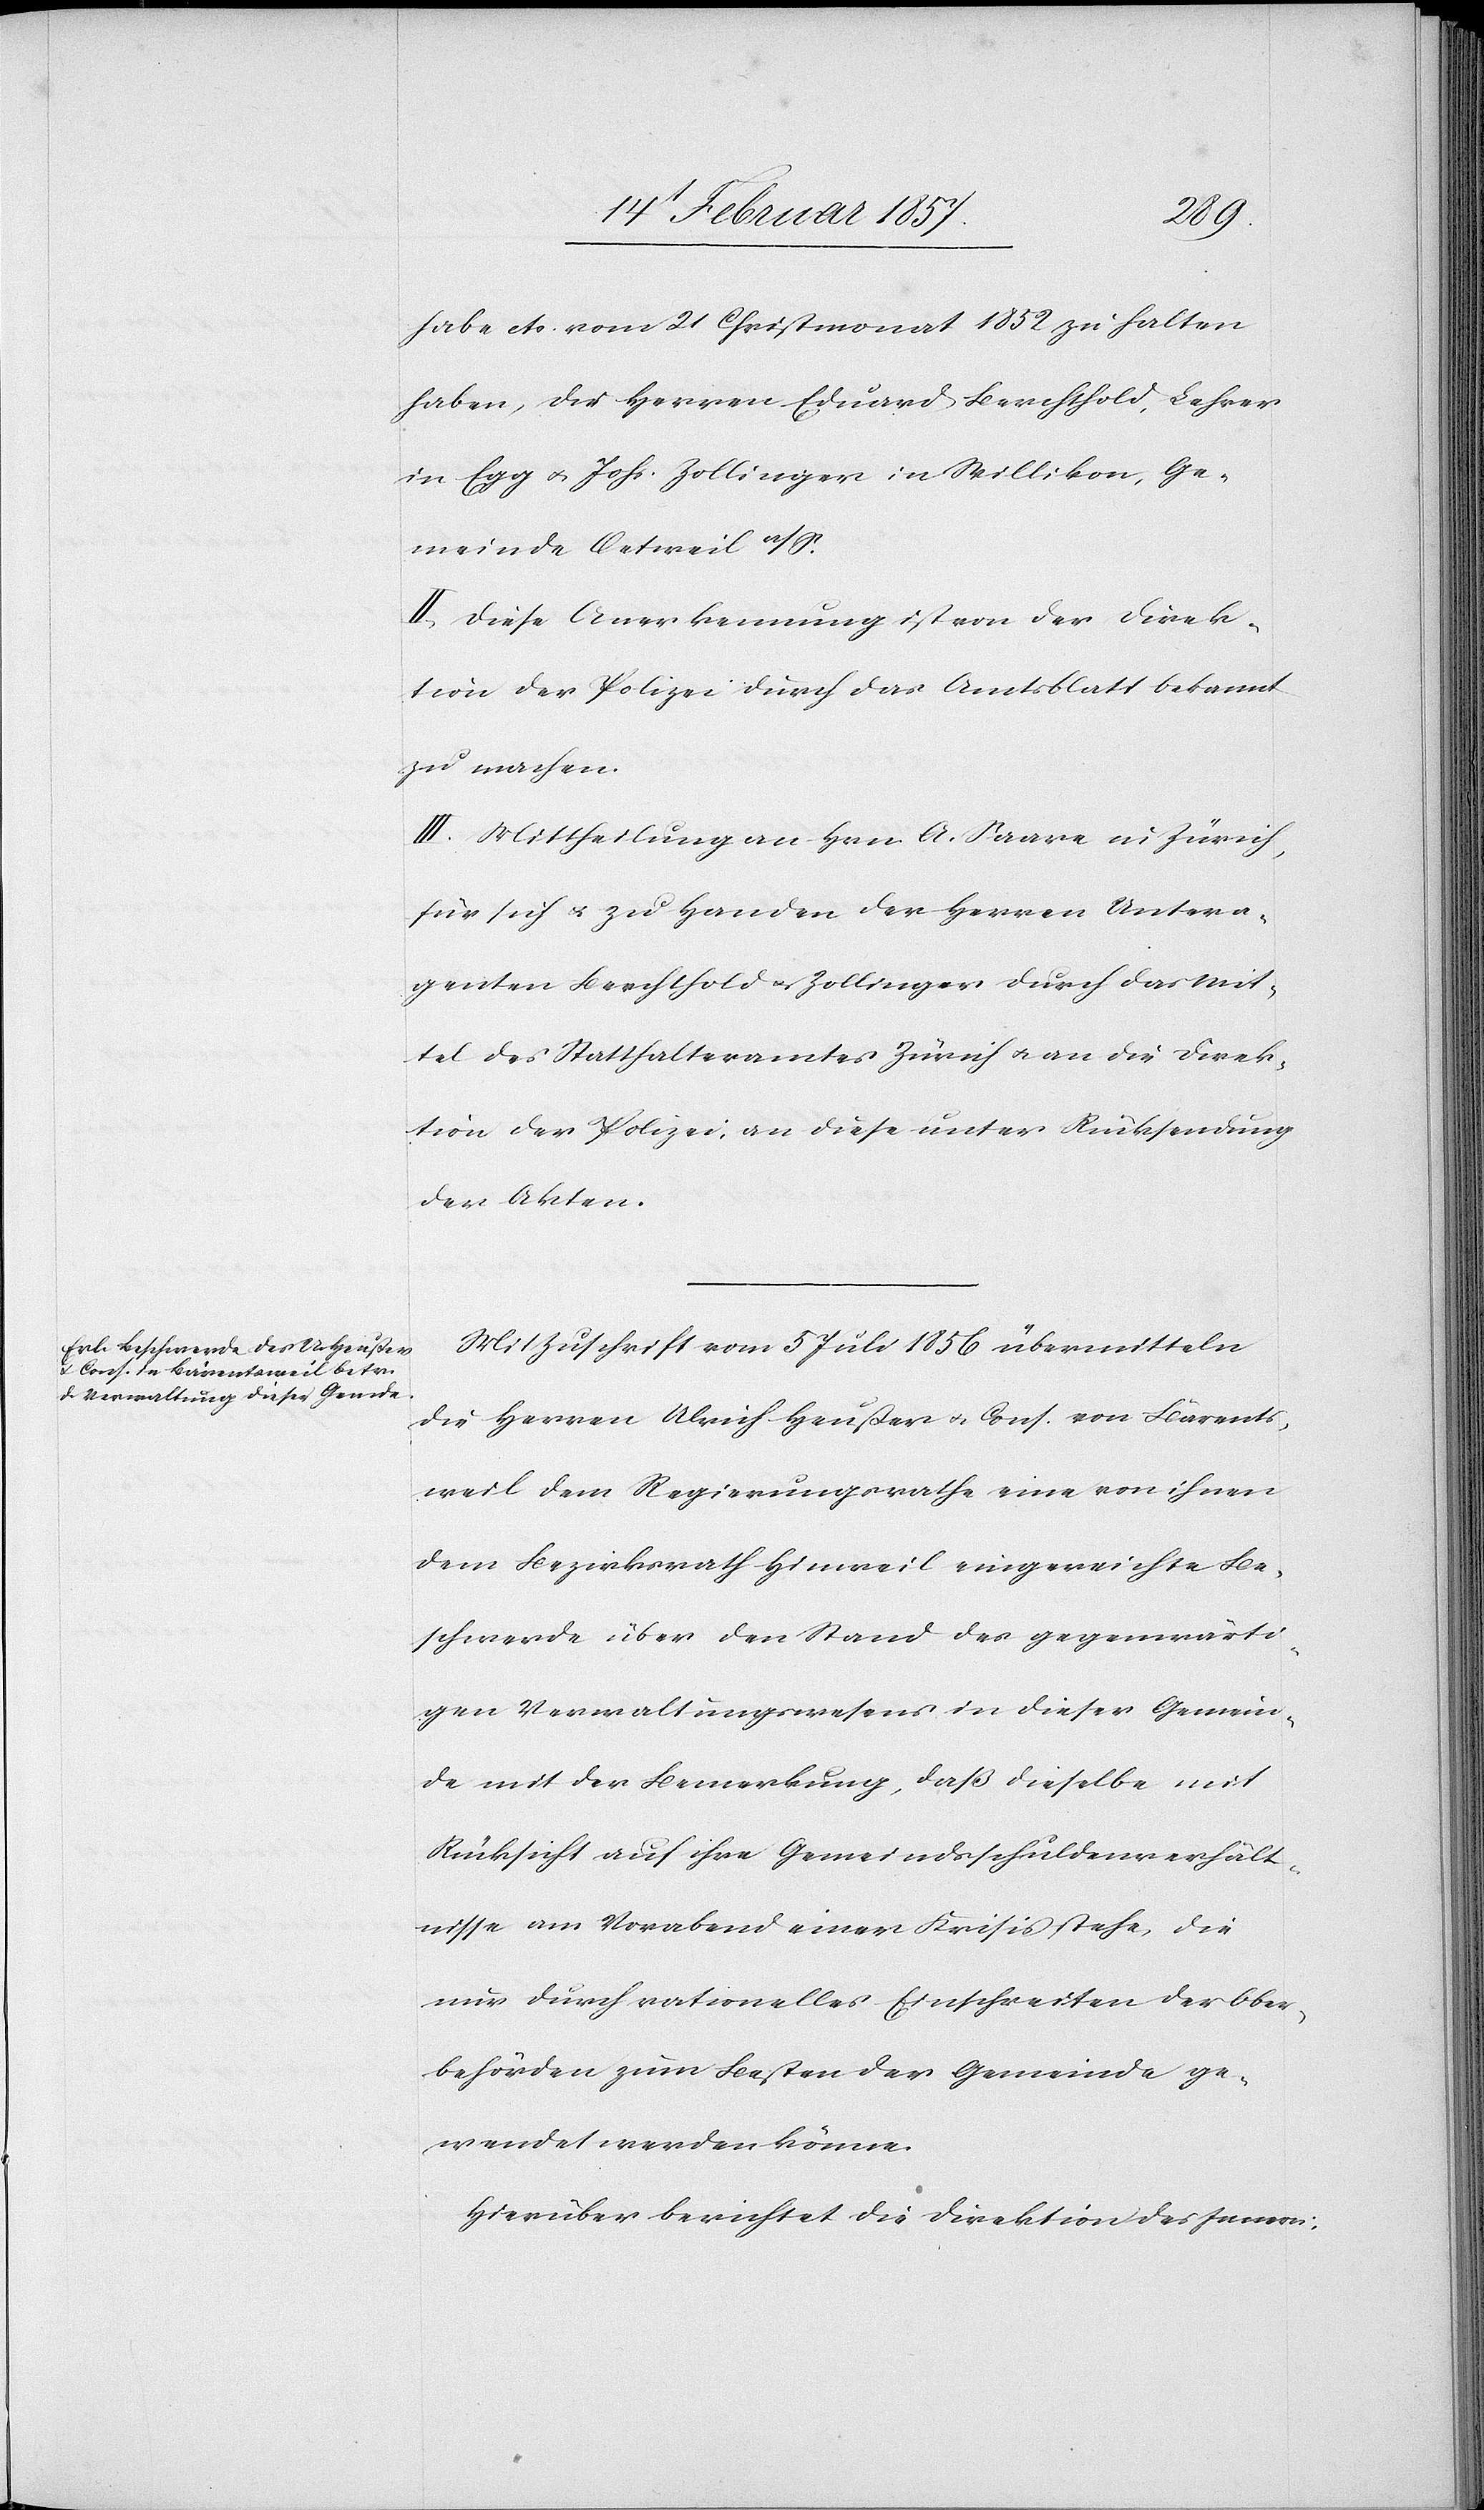
habe etc. vom 21 Christmonat 1852 zu halten
haben, die Herren Eduard Berchthold, Lehrer
in Egg u. Johs. Zollinger in Willikon, Ge¬
meinde Oetweil a/S.
II. Diese Anerkennung ist von der Direk¬
tion der Polizei durch das Amtsblatt bekannt
zu machen.
III. Mittheilung an Hrn. A. Saare in Zürich,
für sich u. zu Handen der Herren Untera¬
genten Berchthold u. Zollinger durch das Mit¬
tel des Statthalteramtes Zürich u. an die Direk¬
tion der Polizei, an diese unter Rücksendung
der Akten.
Mit Zuschrift vom 5 Juli 1856 übermitteln
die Herren Ulrich Heußer u. Cons. von Bärents¬
weil dem Regierungsrathe eine von ihnen
dem Bezirksrath Hinweil eingereichte Be¬
schwerde über den Stand des gegenwärti¬
gen Verwaltungswesens in dieser Gemein¬
de mit der Bemerkung, daß dieselbe mit
Rücksicht auf ihre Gemeindsschuldenverhält¬
nisse am Vorabend einer Krisis stehe, die
nur durch rationelles Einschreiten der Ober¬
behörden zum Besten der Gemeinde ge¬
wendet werden könne.
Hierüber berichtet die Direktion des Innern: